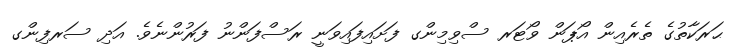
ޙަރަކާތުގެ ތެރެއިން އޯޕަން ވޯޓަރ ސްވިމިންގ ފަށައިފައިވަނީ ރަސްފަންނު ފަރުންނެވެ. އަދި ސަރފިންގ